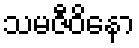
သမဇီဝိနော